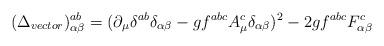
LaTeX: \begin{align*}(\Delta_{vector})^{ab}_{\alpha \beta}=(\partial_{\mu}\delta^{ab}\delta_{\alpha \beta}-gf^{abc}A^{c}_{\mu}\delta_{\alpha \beta})^{2}-2gf^{abc}F^{c}_{\alpha \beta}\end{align*}